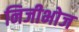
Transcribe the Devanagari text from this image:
निजीभोज